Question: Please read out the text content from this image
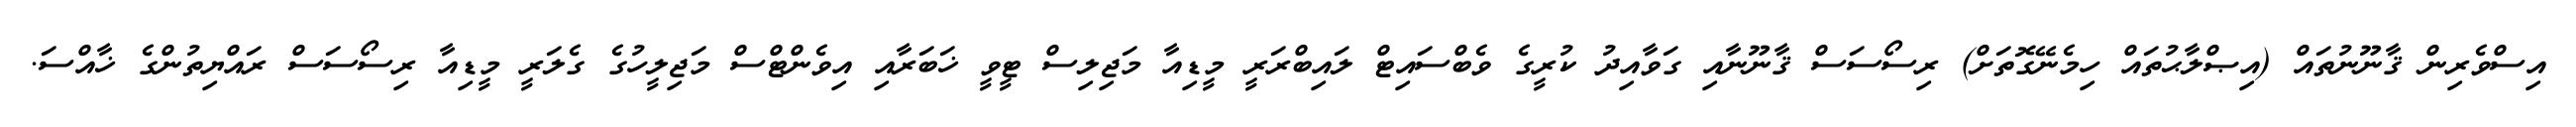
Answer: އިސްވެރިން ޤާނޫނުތައް (އިޞްލާޙުތައް ހިމެނޭގޮތަށް) ރިސޯސަސް ޤާނޫނާއި ގަވާއިދު ކުރީގެ ވެބްސައިޓް ލައިބްރަރީ މީޑިއާ މަޖިލިސް ޓީވީ ޚަބަރާއި އިވެންޓްސް މަޖިލީހުގެ ގެލަރީ މީޑިއާ ރިސޯސަސް ރައްޔިތުންގެ ޚާއްސަ.